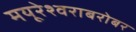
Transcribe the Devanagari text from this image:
मयूरेश्वराबरोबर